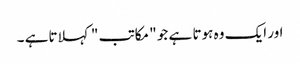
اور ایک وہ ہوتا ہے جو " مکاتب " کہلاتاہے ۔